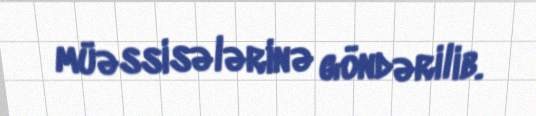
müəssisələrinə göndərilib.